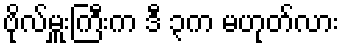
ဗိုလ်မှူးကြီးက ဒီ ၃က မဟုတ်လား